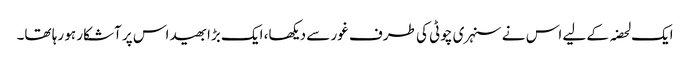
ایک لحضہ کے لیے اس نے سنہری چوٹی کی طرف غور سے دیکھا، ایک بڑا بھید اس پر آشکار ہو رہا تھا۔